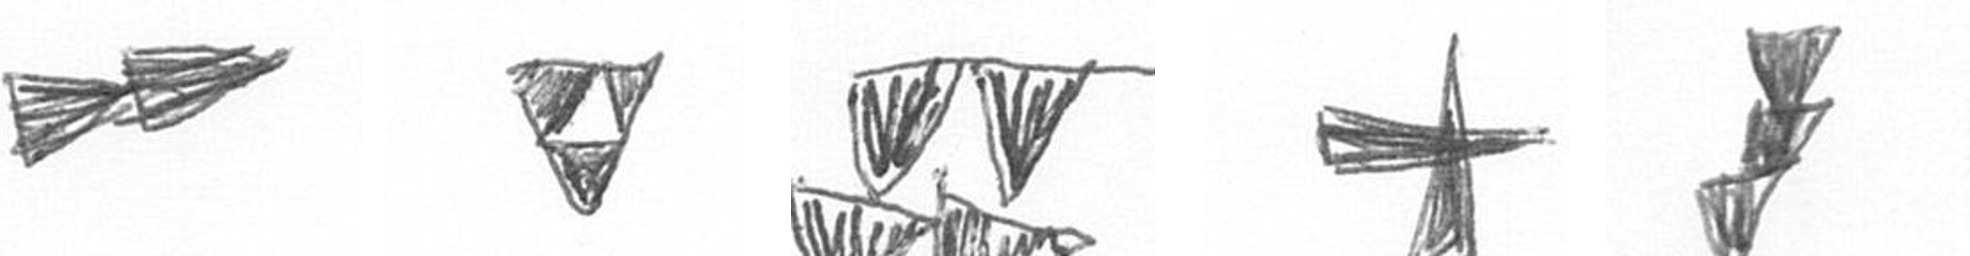
A S B G E